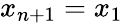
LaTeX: x_{n+1}=x_{1}